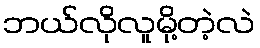
ဘယ်လိုလူမို့တဲ့လဲ